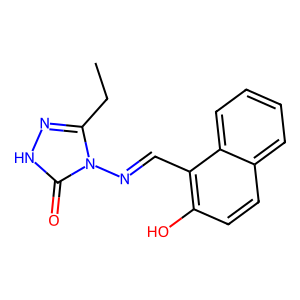
SMILES: CCc1n[nH]c(=O)n1N=Cc1c(O)ccc2ccccc12
Inhibits HIV replication: No